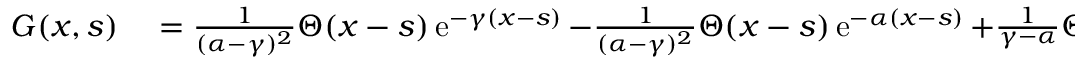
\begin{array} { r l } { G ( x , s ) } & { { } = { \frac { 1 } { ( \alpha - \gamma ) ^ { 2 } } } \Theta ( x - s ) \operatorname { e } ^ { - \gamma ( x - s ) } - { \frac { 1 } { ( \alpha - \gamma ) ^ { 2 } } } \Theta ( x - s ) \operatorname { e } ^ { - \alpha ( x - s ) } + { \frac { 1 } { \gamma - \alpha } } \Theta ( x - s ) \, ( x - s ) \operatorname { e } ^ { - \alpha ( x - s ) } } \end{array}